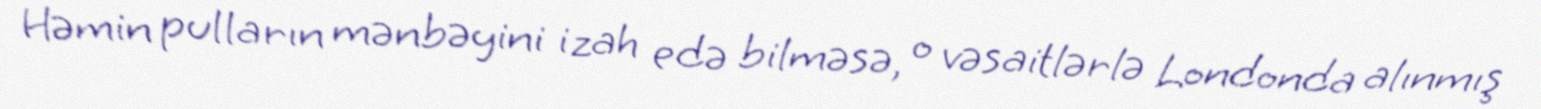
Həmin pulların mənbəyini izah edə bilməsə, o vəsaitlərlə Londonda alınmış